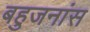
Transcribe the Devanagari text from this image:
बहुजनांस